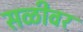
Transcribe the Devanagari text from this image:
सळीवर